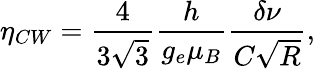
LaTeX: \eta_{CW}=\frac{4}{3\sqrt 3}\frac{h}{g_{e}\mu_{B}}\frac{\delta\nu}{C\sqrt R},